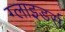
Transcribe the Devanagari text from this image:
ग्लाइडर्स